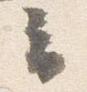
云